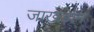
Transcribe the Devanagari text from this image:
जाखड़ान